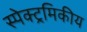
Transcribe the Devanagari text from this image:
स्पेक्ट्रमिकीय